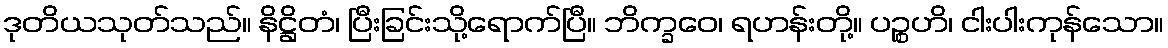
ဒုတိယသုတ်သည်။ နိဋ္ဌိတံ၊ ပြီးခြင်းသို့ရောက်ပြီ။ ဘိက္ခဝေ၊ ရဟန်းတို့။ ပဉ္စဟိ၊ ငါးပါးကုန်သော။